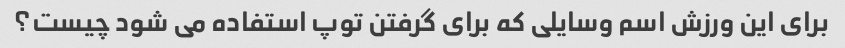
برای این ورزش اسم وسایلی که برای گرفتن توپ استفاده می شود چیست؟